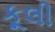
કૂલી